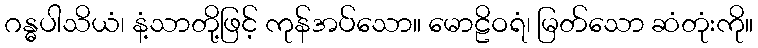
ဂန္ဓပါသိယံ၊ နံ့သာတို့ဖြင့် ကုန်အပ်သော။ မောဠိဝရံ၊ မြတ်သော ဆံတုံးကို။